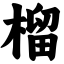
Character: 榴